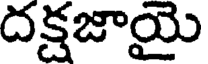
దక్షజాయై